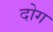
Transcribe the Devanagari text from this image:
दोग